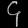
Digit: ၄